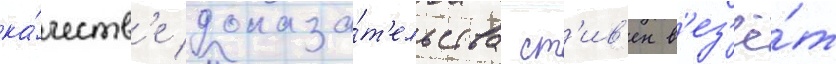
ка́честв'е доказа́т'ельства ст'ив'ен в'ез'ё́т